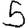
Digit: 5